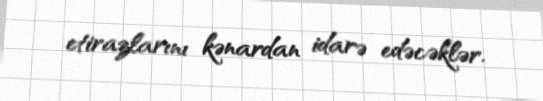
etirazlarını kənardan idarə edəcəklər.